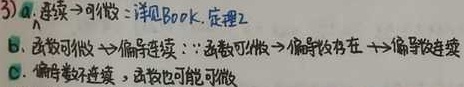
(3)
a. 连续→可微 ：详见Book. 定理2
b. 函数可微→偏导数连续 ：
因为函数可微→偏导数存在→偏导数连续，用符号表示为：\(\because\)函数可微\(\to\)偏导数存在\(\to\)偏导数连续
c. 偏导数不连续，函数也可能可微